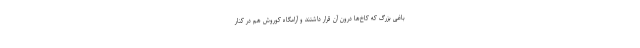
باغی بزرگ که کاخ‌ها درون آن قرار داشتند و آرامگاه کوروش هم در کنار